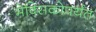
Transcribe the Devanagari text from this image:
मेक्सिकोपर्यंत